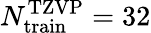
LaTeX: N_{\mathrm{train}}^{\mathrm{TZVP}}=32